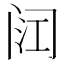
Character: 𮤳